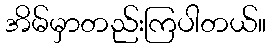
အိမ်မှာတည်းကြပါတယ်။